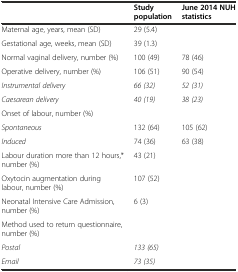
<table><thead><tr><td></td><td><b>Study population</b></td><td><b>June 2014 NUH statistics</b></td></tr></thead><tbody><tr><td>Maternal age, years, mean (SD)</td><td>29 (5.4)</td><td></td></tr><tr><td>Gestational age, weeks, mean (SD)</td><td>39 (1.3)</td><td></td></tr><tr><td>Normal vaginal delivery, number (%)</td><td>100 (49)</td><td>78 (46)</td></tr><tr><td>Operative delivery, number (%)</td><td>106 (51)</td><td>90 (54)</td></tr><tr><td><i>Instrumental delivery</i></td><td><i>66 (32)</i></td><td><i>52 (31)</i></td></tr><tr><td><i>Caesarean delivery</i></td><td><i>40 (19)</i></td><td><i>38 (23)</i></td></tr><tr><td>Onset of labour, number (%)</td><td></td><td></td></tr><tr><td><i>Spontaneous</i></td><td>132 (64)</td><td>105 (62)</td></tr><tr><td><i>Induced</i></td><td>74 (36)</td><td>63 (38)</td></tr><tr><td>Labour duration more than 12 hours,* number (%)</td><td>43 (21)</td><td></td></tr><tr><td>Oxytocin augmentation during labour, number (%)</td><td>107 (52)</td><td></td></tr><tr><td>Neonatal Intensive Care Admission, number (%)</td><td>6 (3)</td><td></td></tr><tr><td>Method used to return questionnaire, number (%)</td><td></td><td></td></tr><tr><td><i>Postal</i></td><td><i>133 (65)</i></td><td></td></tr><tr><td><i>Email</i></td><td><i>73 (35)</i></td><td></td></tr></tbody></table>